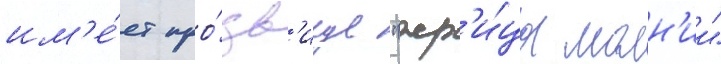
им'е́ет про́зв'ище "жр'и́ца молн'ии"